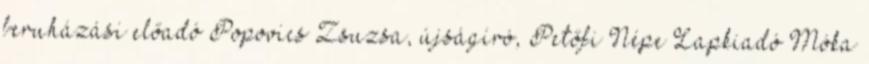
beruházási előadó Popovics Zsuzsa, újságíró, Petőfi Népe Lapkiadó Móka